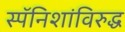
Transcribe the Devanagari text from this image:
स्पॅनिशांविरुद्ध